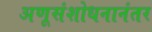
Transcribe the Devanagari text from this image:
अणूसंशोधनानंतर